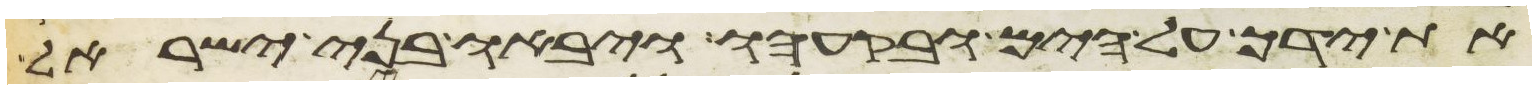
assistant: את ידך על הים ובקעהו ויבאו בני ישראל